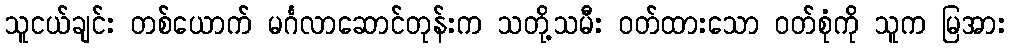
သူငယ်ချင်း တစ်ယောက် မင်္ဂလာဆောင်တုန်းက သတို့သမီး ဝတ်ထားသော ဝတ်စုံကို သူက မြအား